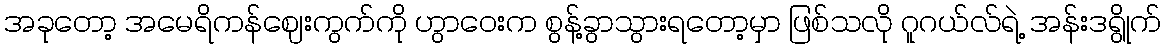
အခုတော့ အမေရိကန်ဈေးကွက်ကို ဟွာဝေးက စွန့်ခွာသွားရတော့မှာ ဖြစ်သလို ဂူဂယ်လ်ရဲ့ အန်းဒရွိုက်